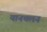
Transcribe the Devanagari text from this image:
यानचलन